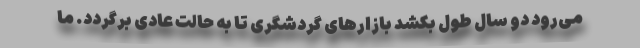
می‌رود دو سال طول بکشد بازارهای گردشگری تا به حالت عادی برگردد. ما